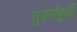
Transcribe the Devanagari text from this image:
सुवर्णमूर्ती